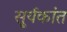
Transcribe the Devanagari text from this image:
सू्र्यकांत